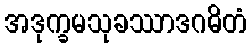
အဒုက္ခမသုခဿာဒဂဓိတံ